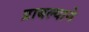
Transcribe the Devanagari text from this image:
प्राबल्याने